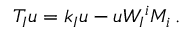
T _ { I } u = k _ { I } u - u W _ { I } { } ^ { i } M _ { i } \, .